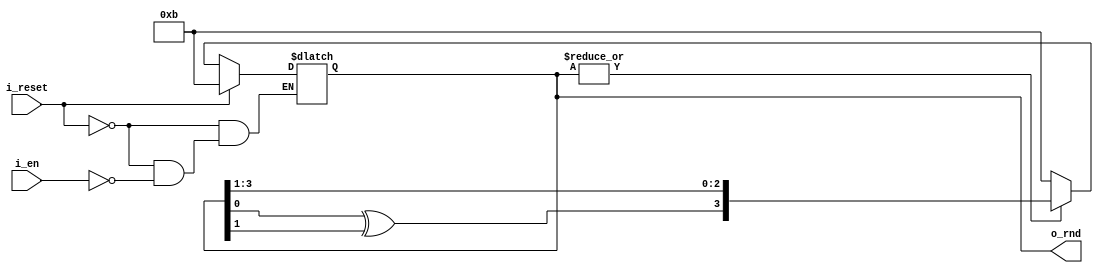

module frlfsr4 #(
    parameter SEED = 4'hB,
    parameter BITS_PER_CYCLE = 1//min is 1, max is 2
)(
	input wire i_reset,
	input wire i_en,
    output reg [4-1:0] o_rnd
);
function [3:0] lfsrFunc;
    input [3:0] in;
    integer i;
    reg [3:0] out;
    reg [3:0] tmp;
    begin
        tmp = in;
        for(i=0;i<BITS_PER_CYCLE;i=i+1) begin
            out[3] = tmp[0] ^ tmp[1];
            out[3-1:0] = tmp[3:1];
            tmp = out;
        end
        lfsrFunc = out;
    end
endfunction
wire deadlock = ~ (|o_rnd);
always @* begin: COMBO_LOOP_BLOCK //intended combinational loop
    if(i_reset) o_rnd = SEED;
	else if(i_en) begin
		o_rnd = deadlock ? SEED : lfsrFunc(o_rnd);
    end
end
endmodule


module lfsrentsrc #(
	parameter RNG_WIDTH = 32,
	parameter RESET = 1
	)(
	input wire i_clk,
	input wire i_reset,
	input wire i_en,
	output reg [RNG_WIDTH-1:0] o_rnd
	) /* synthesis syn_preserve = 1 */ ;

wire ff_reset = RESET & i_reset;	

wire [RNG_WIDTH-1:0] out;
localparam NSTAGES = RNG_WIDTH/4;

genvar stage_index;
generate
for(stage_index=0;stage_index<NSTAGES;stage_index=stage_index+1) begin: IN
	frlfsr4 u_frlsfr4(
		.i_reset(i_reset),
		.i_en(i_en),
		.o_rnd(out[stage_index*4+:4])
	);
end
endgenerate

always @(posedge i_clk, posedge ff_reset) begin: SAMPLER
	if(ff_reset) o_rnd <= {RNG_WIDTH{1'b0}};
	else o_rnd <= out;
end

endmodule